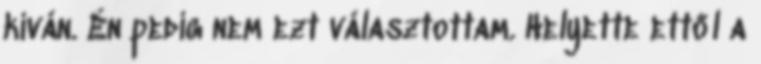
kíván. Én pedig nem ezt választottam. Helyette ettől a